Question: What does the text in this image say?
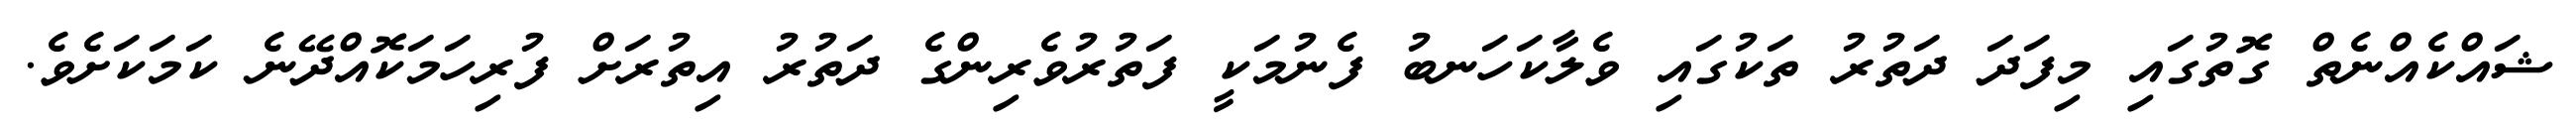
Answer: ޝައްކެއްނެތް ގޮތުގައި މިފަދަ ދަތުރު ތަކުގައި ވެލާކަހަނބު ފެނުމަކީ ފަތުރުވެރިންގެ ދަތުރު އިތުރަށް ފުރިހަމަކޮއްދޭނެ ކަމަކަށެވެ.